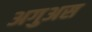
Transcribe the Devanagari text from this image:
अगुअस